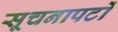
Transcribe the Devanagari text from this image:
सूचनापटों